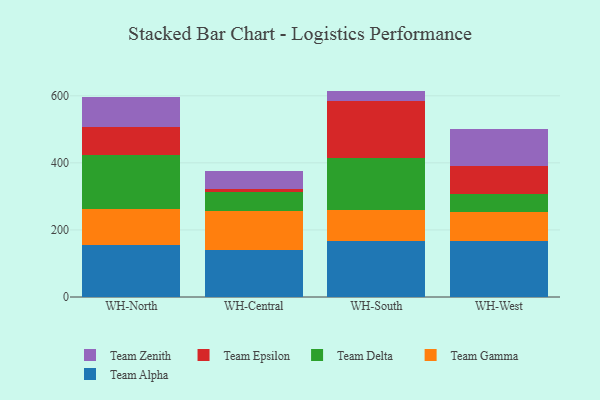
{"axis": {"x": "Warehouse", "y": "Page Views"}, "legend": ["Team Alpha", "Team Delta", "Team Epsilon", "Team Gamma", "Team Zenith"], "data": [{"x": "WH-North", "y": 154.1, "type": "Team Alpha"}, {"x": "WH-North", "y": 109.0, "type": "Team Gamma"}, {"x": "WH-North", "y": 159.3, "type": "Team Delta"}, {"x": "WH-North", "y": 84.5, "type": "Team Epsilon"}, {"x": "WH-North", "y": 88.8, "type": "Team Zenith"}, {"x": "WH-Central", "y": 139.2, "type": "Team Alpha"}, {"x": "WH-Central", "y": 118.2, "type": "Team Gamma"}, {"x": "WH-Central", "y": 55.0, "type": "Team Delta"}, {"x": "WH-Central", "y": 9.6, "type": "Team Epsilon"}, {"x": "WH-Central", "y": 55.0, "type": "Team Zenith"}, {"x": "WH-South", "y": 166.9, "type": "Team Alpha"}, {"x": "WH-South", "y": 92.8, "type": "Team Gamma"}, {"x": "WH-South", "y": 156.1, "type": "Team Delta"}, {"x": "WH-South", "y": 168.7, "type": "Team Epsilon"}, {"x": "WH-South", "y": 30.2, "type": "Team Zenith"}, {"x": "WH-West", "y": 168.4, "type": "Team Alpha"}, {"x": "WH-West", "y": 85.5, "type": "Team Gamma"}, {"x": "WH-West", "y": 53.8, "type": "Team Delta"}, {"x": "WH-West", "y": 81.6, "type": "Team Epsilon"}, {"x": "WH-West", "y": 112.9, "type": "Team Zenith"}]}